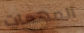
المهمات